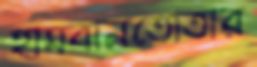
হামবানতোতার